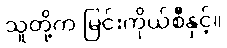
သူတို့က မြင်းကိုယ်စီနှင့်။